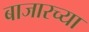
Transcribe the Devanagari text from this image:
बाजारच्या